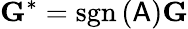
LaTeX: \mathbf{G}^{*}=\mathrm{sgn}\, (\mathsf{A})\mathbf{G}